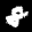
Label: 8